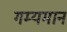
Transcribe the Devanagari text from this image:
गम्यमान